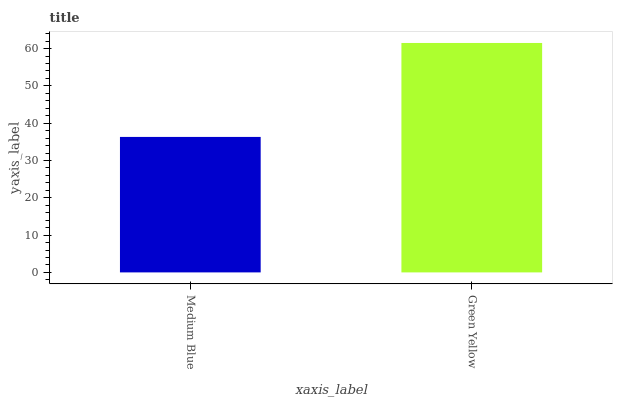
| xaxis_label | bars |
 | --- | --- |
 | Medium Blue | 36.3 |
 | Green Yellow | 61.5 |